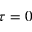
\tau = 0